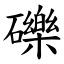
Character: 礫